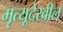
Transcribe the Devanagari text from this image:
मृत्यूदेखील